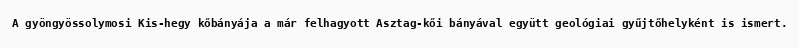
A gyöngyössolymosi Kis-hegy kőbányája a már felhagyott Asztag-kői bányával együtt geológiai gyűjtőhelyként is ismert.